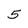
Character: 5